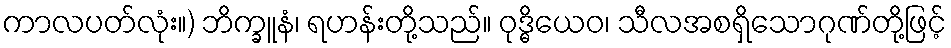
ကာလပတ်လုံး။) ဘိက္ခူနံ၊ ရဟန်းတို့သည်။ ဝုဒ္ဓိယေဝ၊ သီလအစရှိသောဂုဏ်တို့ဖြင့်